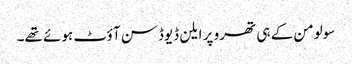
سولومن کے ہی تھرو پر ایلن ڈیوڈسن آؤٹ ہوئے تھے۔